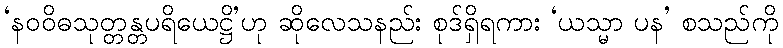
‘နဝဝိဓသုတ္တန္တပရိယေဋ္ဌိ’ဟု ဆိုလေသနည်း စုဒ်ရှိရကား ‘ယသ္မာ ပန’ စသည်ကို